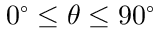
0 ^ { \circ } \leq \theta \leq 9 0 ^ { \circ }